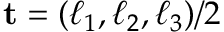
{ \bf t } = ( \ell _ { 1 } , \ell _ { 2 } , \ell _ { 3 } ) / 2